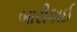
બારીકાઈ